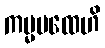
ကမ္မပထေဟိ